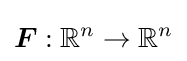
{\boldsymbol {F}}:\mathbb {R} ^{n}\to \mathbb {R} ^{n}